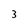
Character: 3